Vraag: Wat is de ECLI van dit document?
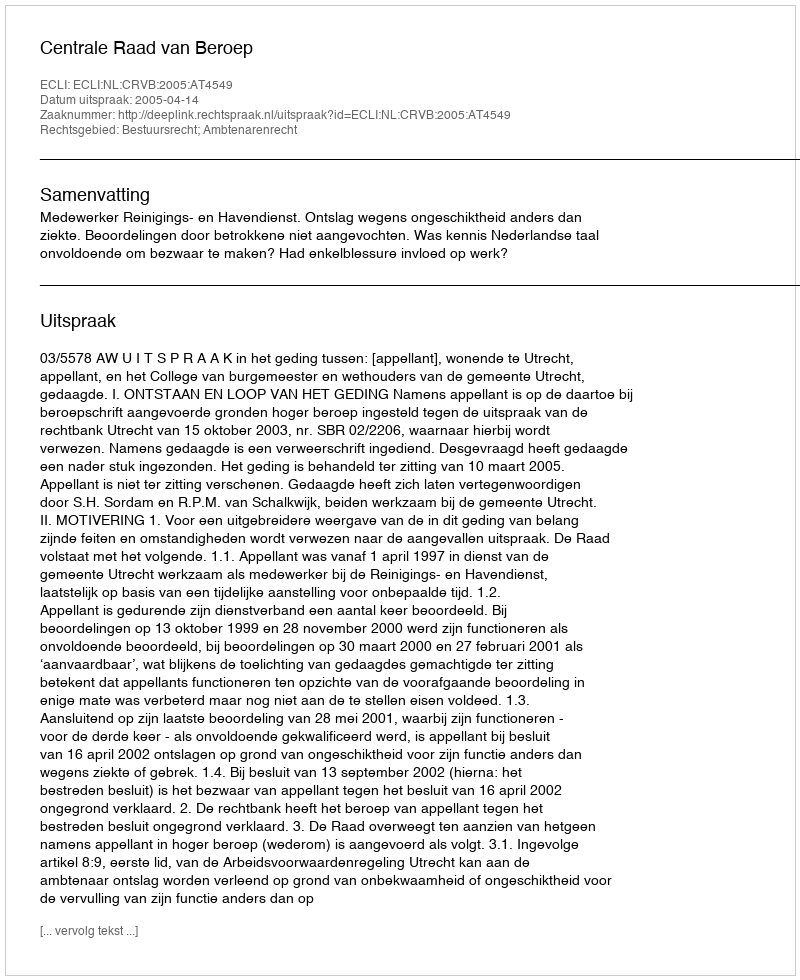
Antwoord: ECLI:NL:CRVB:2005:AT4549